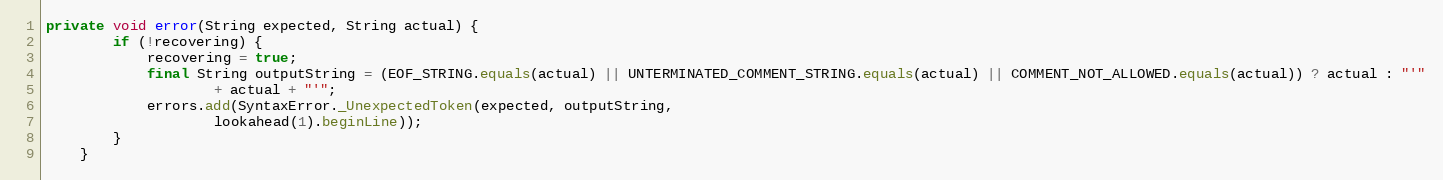
Language: Java
private void error(String expected, String actual) {
        if (!recovering) {
            recovering = true;
            final String outputString = (EOF_STRING.equals(actual) || UNTERMINATED_COMMENT_STRING.equals(actual) || COMMENT_NOT_ALLOWED.equals(actual)) ? actual : "'"
                    + actual + "'";
            errors.add(SyntaxError._UnexpectedToken(expected, outputString,
                    lookahead(1).beginLine));
        }
    }